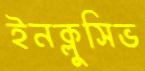
ইনক্লুসিভ